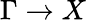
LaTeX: \Gamma\rightarrow X